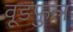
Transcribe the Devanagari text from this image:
वूडफुल